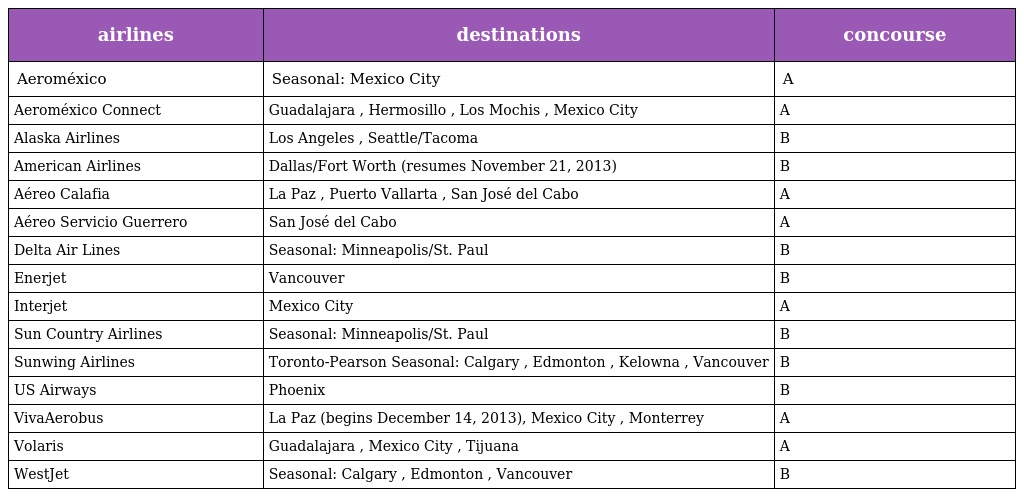
| airlines | destinations | concourse |
 | --- | --- | --- |
 | Aeroméxico | Seasonal: Mexico City | A |
 | Aeroméxico Connect | Guadalajara , Hermosillo , Los Mochis , Mexico City | A |
 | Alaska Airlines | Los Angeles , Seattle/Tacoma | B |
 | American Airlines | Dallas/Fort Worth (resumes November 21, 2013) | B |
 | Aéreo Calafia | La Paz , Puerto Vallarta , San José del Cabo | A |
 | Aéreo Servicio Guerrero | San José del Cabo | A |
 | Delta Air Lines | Seasonal: Minneapolis/St. Paul | B |
 | Enerjet | Vancouver | B |
 | Interjet | Mexico City | A |
 | Sun Country Airlines | Seasonal: Minneapolis/St. Paul | B |
 | Sunwing Airlines | Toronto-Pearson Seasonal: Calgary , Edmonton , Kelowna , Vancouver | B |
 | US Airways | Phoenix | B |
 | VivaAerobus | La Paz (begins December 14, 2013), Mexico City , Monterrey | A |
 | Volaris | Guadalajara , Mexico City , Tijuana | A |
 | WestJet | Seasonal: Calgary , Edmonton , Vancouver | B |